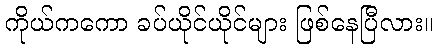
ကိုယ်ကကော ခပ်ယိုင်ယိုင်များ ဖြစ်နေပြီလား။